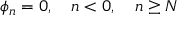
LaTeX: \phi _ { n } = 0 , \quad n < 0 , \quad n \geq N